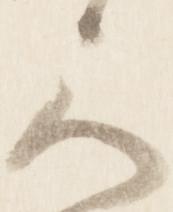
被